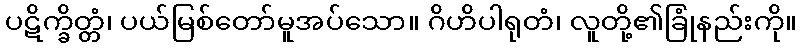
ပဋိက္ခိတ္တံ၊ ပယ်မြစ်တော်မူအပ်သော။ ဂိဟိပါရုတံ၊ လူတို့၏ခြုံနည်းကို။